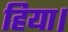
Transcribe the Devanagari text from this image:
हिया।